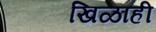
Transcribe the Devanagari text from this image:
खिळाही